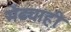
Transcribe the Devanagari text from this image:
मेंढ्याही